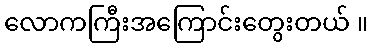
လောကကြီးအကြောင်းတွေးတယ် ။